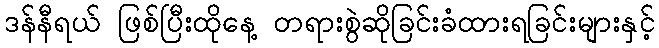
ဒန်နီရယ် ဖြစ်ပြီးထိုနေ့ တရားစွဲဆိုခြင်းခံထားရခြင်းများနှင့်